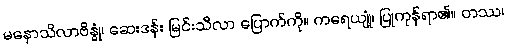
မနောသိလာဗိန္ဓုံ၊ ဆေးဒန်း မြင်းသီလာ ပြောက်ကို။ ကရေယျုံ၊ ပြုကုန်ရာ၏။ တဿ၊